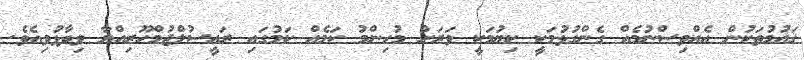
ޤައުމުތަކުން އެއްވިސްނުމެއް ގެންގުޅުމަކީ ކިޔުމަކީ ވަރަށް މުހިންމު ކަމެއް ކަމުގައި ރައީސުލްޖުމްހޫރިއްޔާ ވިދާޅުވިއެވެ.